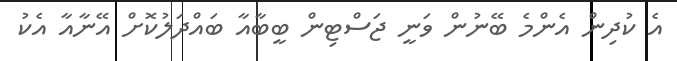
އެ ކުދިން އެންމެ ބޭނުން ވަނީ ޖަސްޓިން ބީބާއާ ބައްދަލުކޮށް އޭނާއާ އެކު